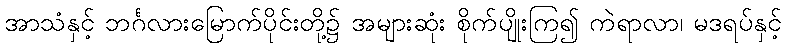
အာသံနှင့် ဘင်္ဂလားမြောက်ပိုင်းတို့၌ အများဆုံး စိုက်ပျိုးကြ၍ ကဲရာလာ၊ မဒရပ်နှင့်